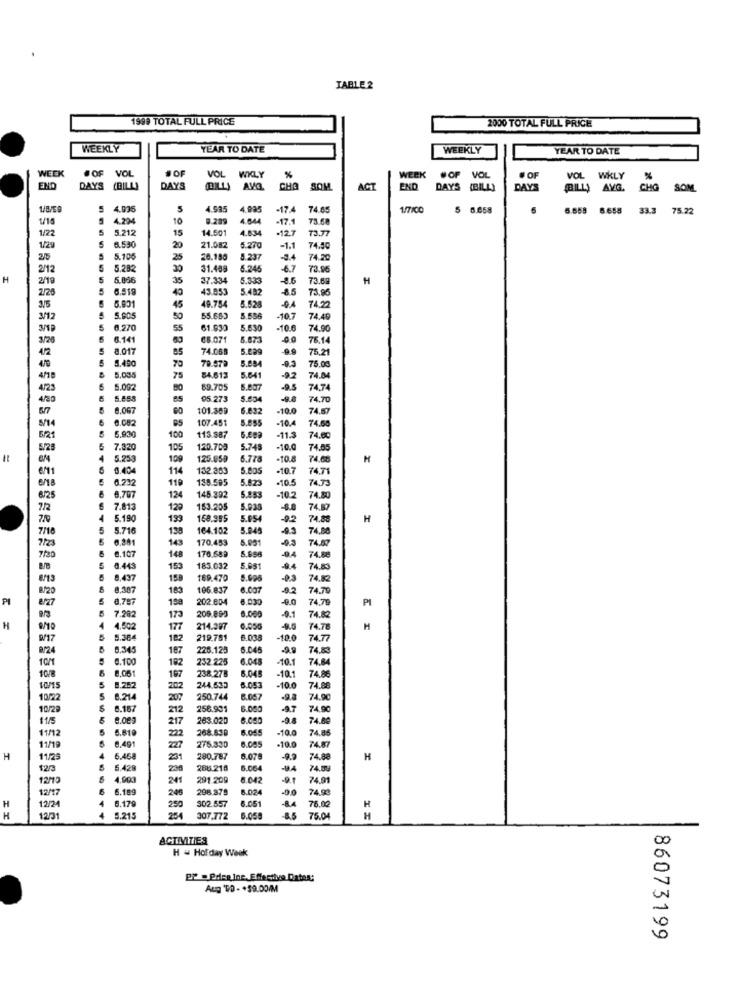
TABLE 2
1999 TOTAL FULL PRICE
2000 TOTAL FULL PRICE
WEEKLY
YEAR TO DATE
WEEKLY
YEAR TO DATE
WEEK
.OF
VOL
JOF
VOL
WKLY
%
WEEK
#OF
VOL
. OF
VOL WKLY
END
DAYS (BILL)
DAYS
(BILL)
CHO
SOM
ACT
END
DAYS (BILL)
DAYS
(BILL) AVG.
CHO
SOM
4.036
5
4.595
4.935
-17.4
74.85
1/7/00
5 6.658
6
6.658
33.3
75.22
4.294
10
8.289
4.04
-17.1
73.68
1/22
5
5.212
15
14.501
4.834
-12.7
73.77
1/29
6.530
20
21.082
5.270
-1.1
74.50
2/5
5.10
25
20.180
8.237
-8.4
74.20
2/12
5.282
30
31.489
6.246
-6.7
73.96
2/19
5.866
35
27.334
5.333
8.6
73.6
H
2/25
6.519
40
43.953
5.482
85
73.90
6.831
49.75
345
45
74.20
3/12
5.905
50
55.683
5.556
-10.7
74.45
3/19
6.270
55
61.930
5.630
-10.6
74.90
3/20
6.141
€8.07
8.873
-0.0
76.14
4/2
8.017
85
74.08
5.229
75.21
5.400
79
79.57ª
5.654
-0,3
75.00
4/15
5.035
75
84.613
5.641
22
74.04
4/23
5.092
59.705
5.807
74.74
4/80
5.655
65
05.27
5.004
74.70
6/7
8.067
101.369
6.632
.10.0
74.87
5/14
6.082
107.45
5.855
-10.4
5.930
74.58
6/21
100
113.587
-11.5
74.00
5/28
7.320
105
120.700
5.748
-10.0
74.55
5.253
109
125.050
6.778
-10.8
74.60
H
6/11
6.404
11
132 383
5.805
-10.7
74.71
119
135.585
5.823
-10.5
74.73
6/18
8/25
8,707
124
145.392
5.853
-10.2
74.80
7.813
120
153.205
5.938
-0.0
74.80
710
5.190
199
158.995
5.954
-9.2
74.88
H
7/18
5.716
138
164.102
5.949
-0.3
74.88
6.201
143
170.453
0.3
74.87
7/23
6.107
170.689
148
-04
74.88
8.443
153
183.032
04
74.8
8/13
8.437
158
169.470
8.00
74.82
8/20
8.387
163
106.837
6.007
82
74.70
PI
8.797
202.604
8.030
0.0
74,75
PI
108
205.890
-0.1
7.282
173
74.8
H
4.502
177
214.387
6.050
74.76
M
0/17
5.384
182
219.781
6.03
-10.0
74.77
9/24
8.345
107
226.125
6.04
-9.9
74.8
6.100
192
232 225
6.04
10.1
74.84
8.06
10/8
167
238.278
6.045
-10.1
74.86
10/15
8.252
202
244.633
5.053
-10.0
74.88
10/22
5
6.214
207
250.744
6.057
74.90
10/29
6.187
212
256.901
6.080
-9.7
74.90
11/5
5.000
217
263.020
6.050
-9.8
74.80
11/12
5
6.610
268.630
6.065
-10.0
74.84
8.491
222
11/19
227
275.830
8.085
-10.0
74.87
H
11/29
6.458
201
280.787
8.07
-92
74.8
H
12/3
5
5.429
238
286.218
6.06
74.8
4.900
241
291 209
8.042
-9.1
74.91
12/17
6.199
240
298.379
6.024
74.90
12/24
6.179
250
302.557
8.051
76.00
H
-84
H
H
120
4
5.215
254
307.772 6.05
75.04
H
ACTIVITIES
H & Hof day Week
PP Pdseine. Effective Datea:
Aug 'DO - +59.00/M
86073199